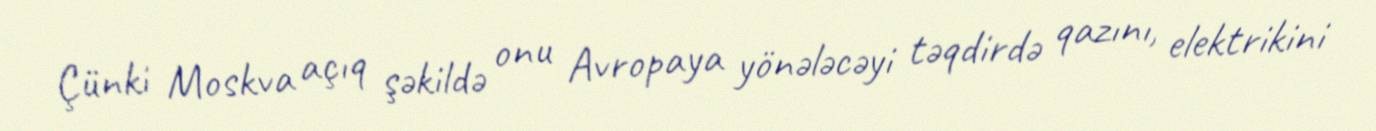
Çünki Moskva açıq şəkildə onu Avropaya yönələcəyi təqdirdə qazını, elektrikini